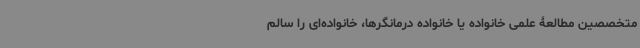
متخصصین مطالعۀ علمی خانواده یا خانواده درمانگرها، خانواده‌ای را سالم